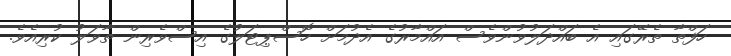
ހަފްތާ ތެރޭގައި އެ ބައްދަލުވުންވެސް އައްމާރުގެ އެދުމަށް ހޮސްޕިޓަލުގެ އިސްވެރިން ތާވަލު ކުރިއެވެ.